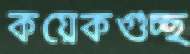
কয়েকগুচ্ছ